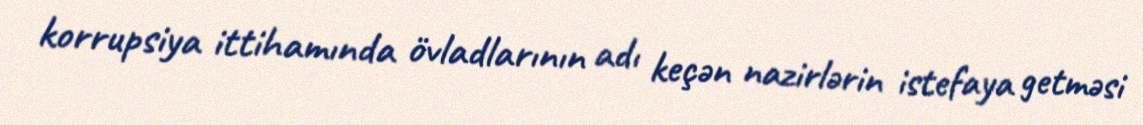
korrupsiya ittihamında övladlarının adı keçən nazirlərin istefaya getməsi